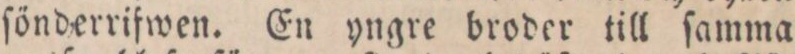
ſönderrifwen. En yngre broder till ſamma